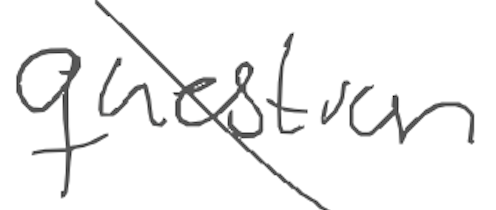
Text: question
Cross-out: diagonal
Writing tool: digital_gray